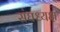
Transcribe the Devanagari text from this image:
संघध्यक्ष